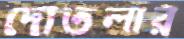
দোতলার